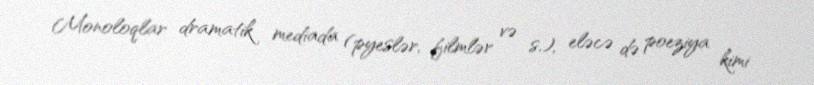
Monoloqlar dramatik mediada (pyeslər, filmlər və s.), eləcə də poeziya kimi